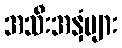
အသီးအနှံများ